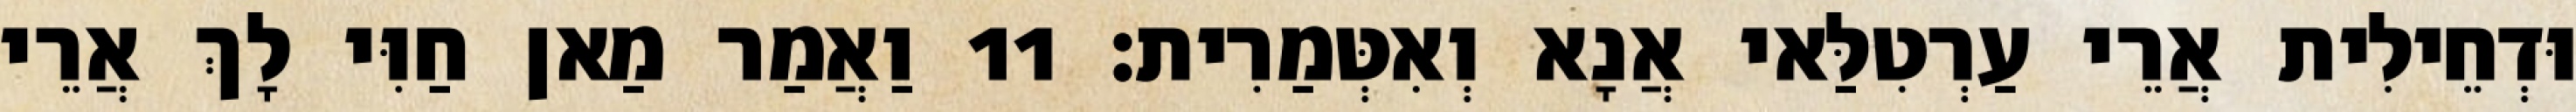
וּדְחֵילִית אֲרֵי עַרְטִלַּאי אֲנָא וְאִטְּמַרִית׃ 11 וַאֲמַר מַאן חַוִּי לָךְ אֲרֵי